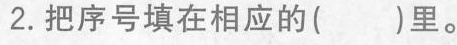
2.把序号填在相应的( )里。